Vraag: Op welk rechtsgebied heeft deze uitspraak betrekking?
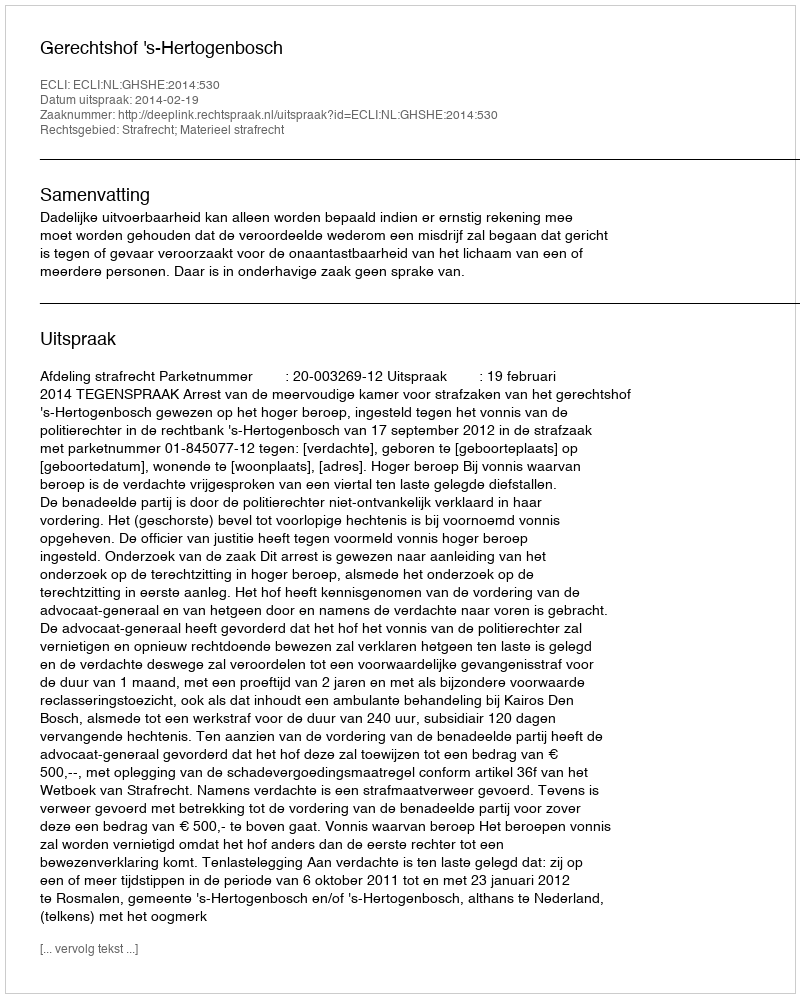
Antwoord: Strafrecht; Materieel strafrecht